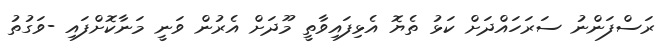
ރަސްފަންނު ސަރަހައްދަށް ކަޅު ތެޔޮ އެޅިފައިވާތީ މޫދަށް އެރުން ވަނީ މަނާކޮށްފައި -ވަގުތު